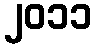
၂၀၁၁